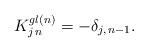
LaTeX: \begin{align*}K^{gl(n)}_{j\, n}=-\delta_{j,\,n-1}.\end{align*}